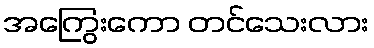
အကြွေးကော တင်သေးလား